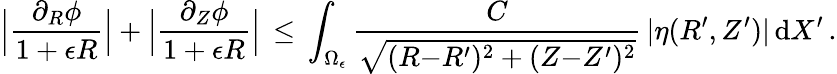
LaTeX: \Bigl|\frac{\partial_{R}\phi}{1+\epsilon R}\Bigr|+\Bigl|\frac{\partial_{Z}\phi}{1+\epsilon R}\Bigr|\, \le\, \int_{\Omega_{\epsilon}}\frac{C}{\sqrt{(R{-}R^{\prime})^{2}+(Z{-}Z^{\prime})^{2}}}\, |\eta(R^{\prime},Z^{\prime})|\, \mathrm{d}X^{\prime}\, .